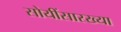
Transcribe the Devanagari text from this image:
सोयींसारख्या